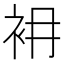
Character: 衻